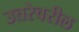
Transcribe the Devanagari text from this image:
उत्तरेवरील